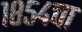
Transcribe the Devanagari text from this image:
१८५४चा